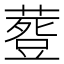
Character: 𮐾